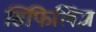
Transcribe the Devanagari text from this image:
सिफिलिज़